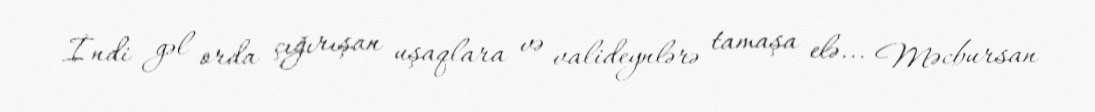
İndi gəl orda çığırışan uşaqlara və valideynlərə tamaşa elə... Məcbursan